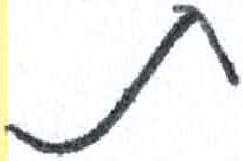
אות: ת